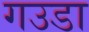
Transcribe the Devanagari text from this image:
गउडा